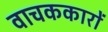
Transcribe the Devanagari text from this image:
वाचककारों